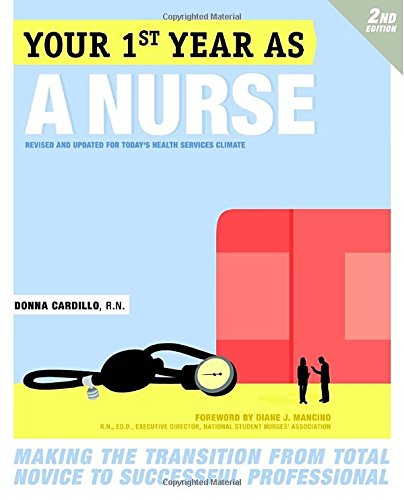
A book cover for Your First Year As a Nurse, Second Edition: Making the Transition from Total Novice to Successful Professional; Donna Cardillo R.N.; Medical Books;